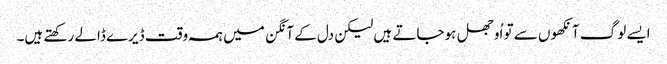
ایسے لوگ آنکھوں سے تو اُوجھل ہوجاتے ہیں لیکن دل کے آنگن میں ہمہ وقت ڈیرے ڈالے رکھتے ہیں۔